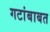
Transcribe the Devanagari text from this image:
गटांबाबत